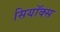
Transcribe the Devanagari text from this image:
सियॉक्स